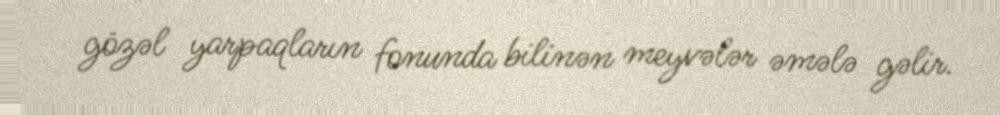
gözəl yarpaqların fonunda bilinən meyvələr əmələ gəlir.